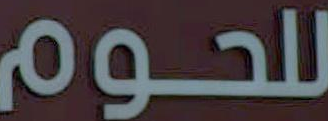
للحوم